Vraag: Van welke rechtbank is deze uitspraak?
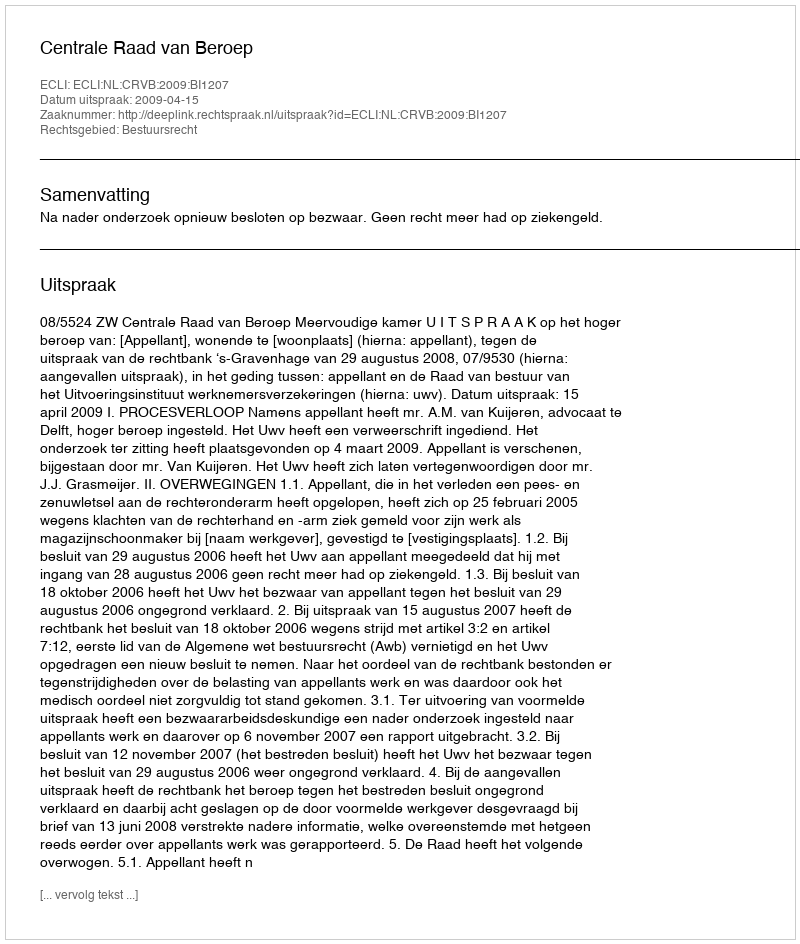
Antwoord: Centrale Raad van Beroep